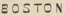
BOSTON